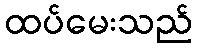
ထပ်မေးသည်